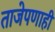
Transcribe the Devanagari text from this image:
ताजेपणाही